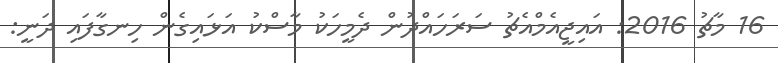
16 މާޗު 2016: އައިޖީއެމްއެޗު ސަރަހައްދުން ދެމީހަކު މާސްކު އަޅައިގެން ހިނގާފައި ދަނީ: